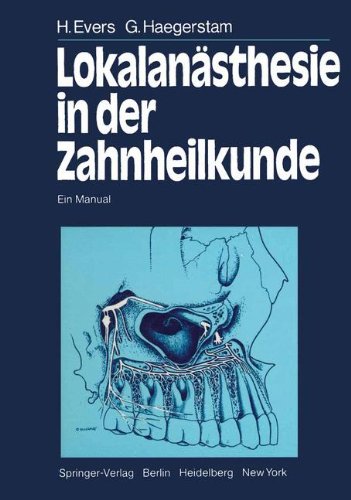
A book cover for LokalanÃ¤sthesie in der Zahnheilkunde: Ein Manual (German Edition); H. Evers; Medical Books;